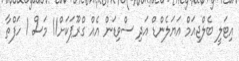
އިޓަލީ ބެލްޖިއަމް އަޔަލެންޑް އަދި ސްވިޑަން އެއް ގްރޫޕަކަށް11 މަސް 1 ހަފްތާ